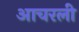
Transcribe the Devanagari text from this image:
आचरली